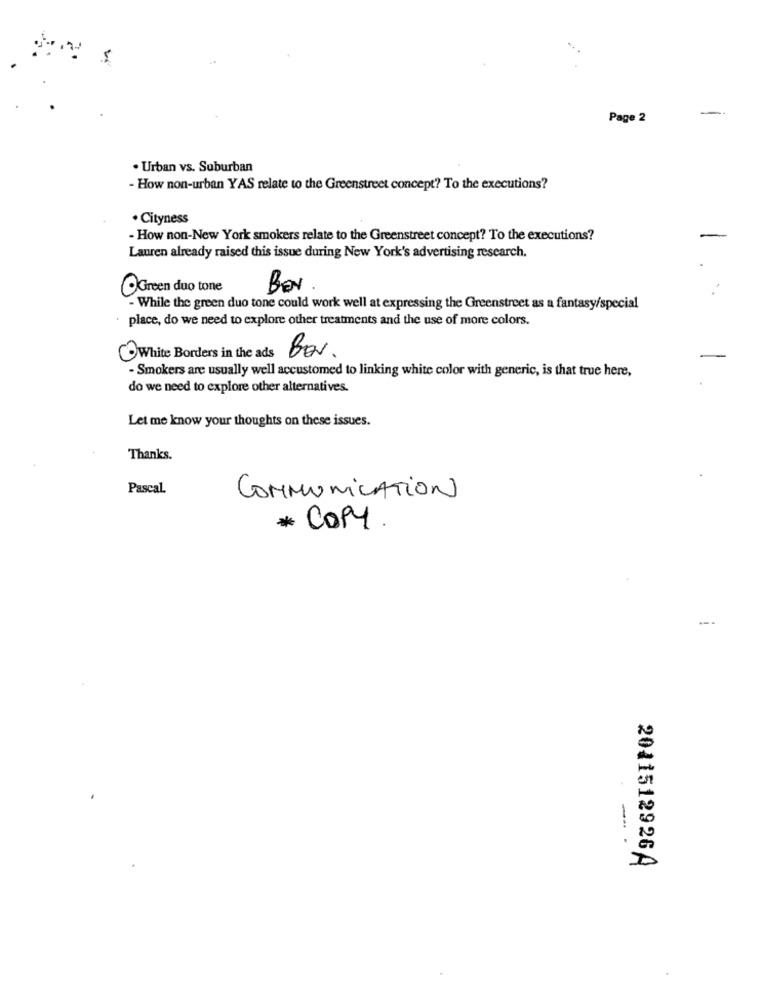
Page 2
-
. Urban vs. Suburban
- How non-urban YAS relate to the Greenstreet concept? To the executions?
· Cityness
- How non-New York smokers relate to the Greenstreet concept? To the executions?
-
Lauren already raised this issue during New York's advertising research.
OGreen duo tone
BEN
While the green duo tone could work well at expressing the Greenstreet as a fantasy/special
place, do we need to explore other treatments and the use of more colors.
BON
White Borders in the ads
- Smokers are usually well accustomed to linking white color with generic, is that true here,
do we need to explore other alternatives.
Let me know your thoughts on these issues.
Thanks.
Pascal
COMMUNICATION
* COPY
-
G
D
2011512926A